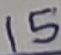
Text: 15